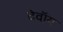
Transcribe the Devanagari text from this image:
देवॉय